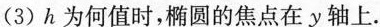
(3)h为何值时，椭圆的焦点在y轴上。